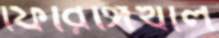
ফিরিঙ্গিখাল